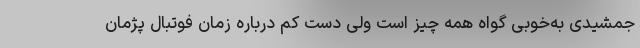
جمشیدی به‌خوبی گواه همه‌ چیز است ولی دست‌ کم درباره زمان فوتبال پژمان